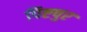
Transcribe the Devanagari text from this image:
पिष्टपुर